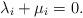
LaTeX: \begin{align*}\lambda_i+\mu_i=0 .\end{align*}